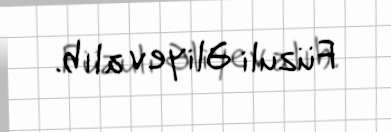
Füzuli Əliyev alıb.